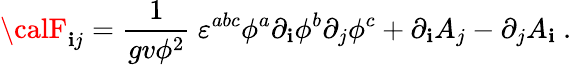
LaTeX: {\calF}_{\mathbf{i}j}=\frac{{1}}{{gv\phi^{2}}}\ \varepsilon^{abc}\phi^{a}\partial_{\mathbf{i}}\phi^{b}\partial_{j}\phi^{c}+\partial_{\mathbf{i}}A_{j}-\partial_{j}A_{\mathbf{i}}\ .